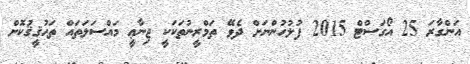
އަންގާރަ 25 އޯގަސްޓް 2015 ފުލުހުންނަށް ދެވޭ ތަމްރީނުތަކަކީ ޖިނާޢީ މައްސަލަތައް ތަޙުޤީޤުކޮށް